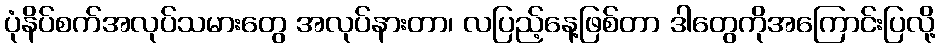
ပုံနိပ်စက်အလုပ်သမားတွေ အလုပ်နားတာ၊ လပြည့်နေ့ဖြစ်တာ ဒါတွေကိုအကြောင်းပြလို့